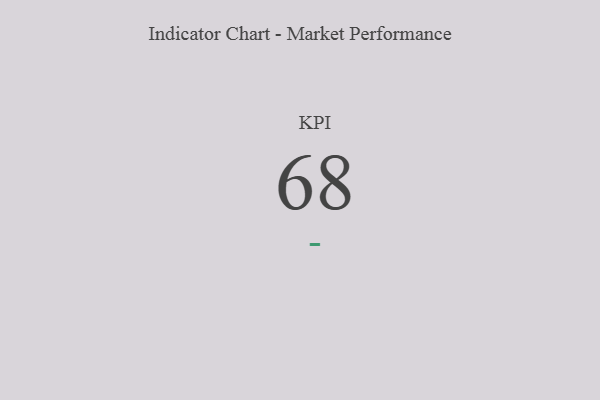
{"axis": {"x": "KPI", "y": "Value"}, "legend": [""], "data": [{"x": "KPI", "y": 68, "type": ""}]}